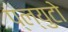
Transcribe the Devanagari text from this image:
प्ल्युटो